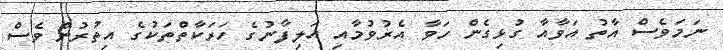
ނަމަވެސް އާތު އަވާއާ ގުޅިގެން ހަވާ އެރުވުމާއި އަލިފާނުގެ ހަރަކާތްތަކުގެ އިތުރުން ވެސް